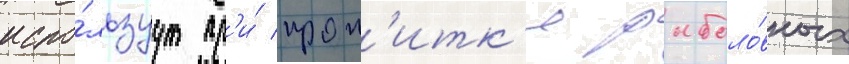
испо́льзуут пр'и́ проп'итк'е рыболо́вных